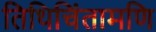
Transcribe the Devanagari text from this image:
तिथिचिंतामणि